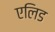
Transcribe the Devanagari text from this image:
एलिड